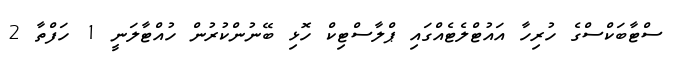
ސްޓާބަކްސްގެ ހުރިހާ އައުޓްލެޓެއްގައި ޕްލާސްޓިކް ހޮޅި ބޭނުންކުރުން ހުއްޓާލަނީ 1 ހަފްތާ 2